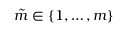
\tilde { m } \in \{ 1 , \ldots , m \}